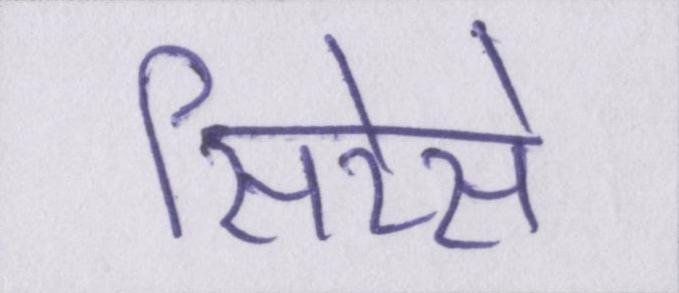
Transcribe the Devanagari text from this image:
सिरेसे